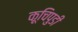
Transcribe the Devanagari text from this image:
कूचिपुडी